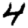
Digit: 4